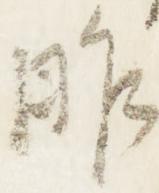
昨